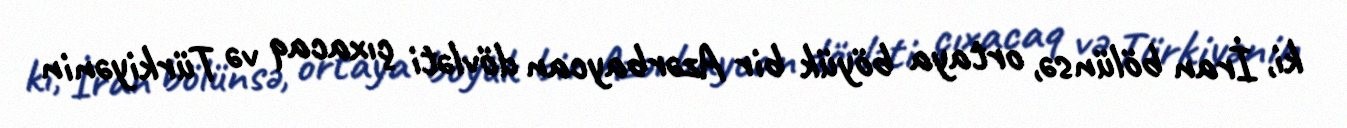
ki, İran bölünsə, ortaya böyük bir Azərbaycan dövləti çıxacaq və Türkiyənin